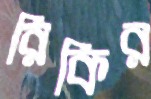
রিকির